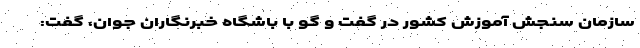
سازمان سنجش آموزش کشور در گفت و گو با باشگاه خبرنگاران جوان، گفت: